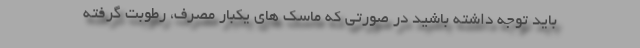
باید توجه داشته باشید در صورتی که ماسک های یکبار مصرف، رطوبت گرفته